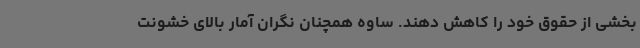
بخشی از حقوق خود را کاهش دهند. ساوه همچنان نگران آمار بالای خشونت